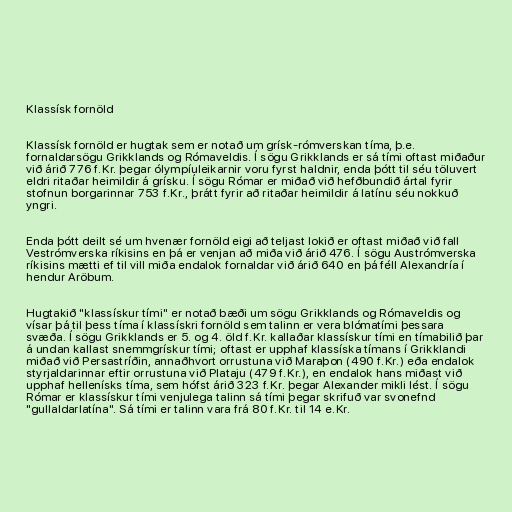
Klassísk fornöld

Klassísk fornöld er hugtak sem er notað um grísk-rómverskan tíma, þ.e.
fornaldarsögu Grikklands og Rómaveldis. Í sögu Grikklands er sá tími oftast miðaður
við árið 776 f.Kr. þegar ólympíuleikarnir voru fyrst haldnir, enda þótt til séu töluvert
eldri ritaðar heimildir á grísku. Í sögu Rómar er miðað við hefðbundið ártal fyrir
stofnun borgarinnar 753 f.Kr., þrátt fyrir að ritaðar heimildir á latínu séu nokkuð
yngri.

Enda þótt deilt sé um hvenær fornöld eigi að teljast lokið er oftast miðað við fall
Vestrómverska ríkisins en þá er venjan að miða við árið 476. Í sögu Austrómverska
ríkisins mætti ef til vill miða endalok fornaldar við árið 640 en þá féll Alexandría í
hendur Aröbum.

Hugtakið "klassískur tími" er notað bæði um sögu Grikklands og Rómaveldis og
vísar þá til þess tíma í klassískri fornöld sem talinn er vera blómatími þessara
svæða. Í sögu Grikklands er 5. og 4. öld f.Kr. kallaðar klassískur tími en tímabilið þar
á undan kallast snemmgrískur tími; oftast er upphaf klassíska tímans í Grikklandi
miðað við Persastríðin, annaðhvort orrustuna við Maraþon (490 f.Kr.) eða endalok
styrjaldarinnar eftir orrustuna við Plataju (479 f.Kr.), en endalok hans miðast við
upphaf hellenísks tíma, sem hófst árið 323 f.Kr. þegar Alexander mikli lést. Í sögu
Rómar er klassískur tími venjulega talinn sá tími þegar skrifuð var svonefnd
"gullaldarlatína". Sá tími er talinn vara frá 80 f.Kr. til 14 e.Kr.